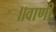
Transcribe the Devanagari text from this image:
॥वाणी